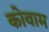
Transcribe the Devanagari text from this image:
कोवाम